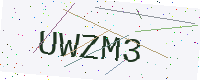
Text: UWZM3